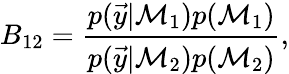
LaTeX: B_{12}=\frac{p(\vec{y}|\mathcal{M}_{1})p(\mathcal{M}_{1})}{p(\vec{y}|\mathcal{M}_{2})p(\mathcal{M}_{2})},